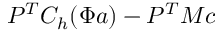
P ^ { T } C _ { h } ( \Phi \boldsymbol { a } ) - P ^ { T } M \boldsymbol { c }